Lunatic asylums in Bengal annual reports 1899-1911 - 1899-1911
Year: 1899
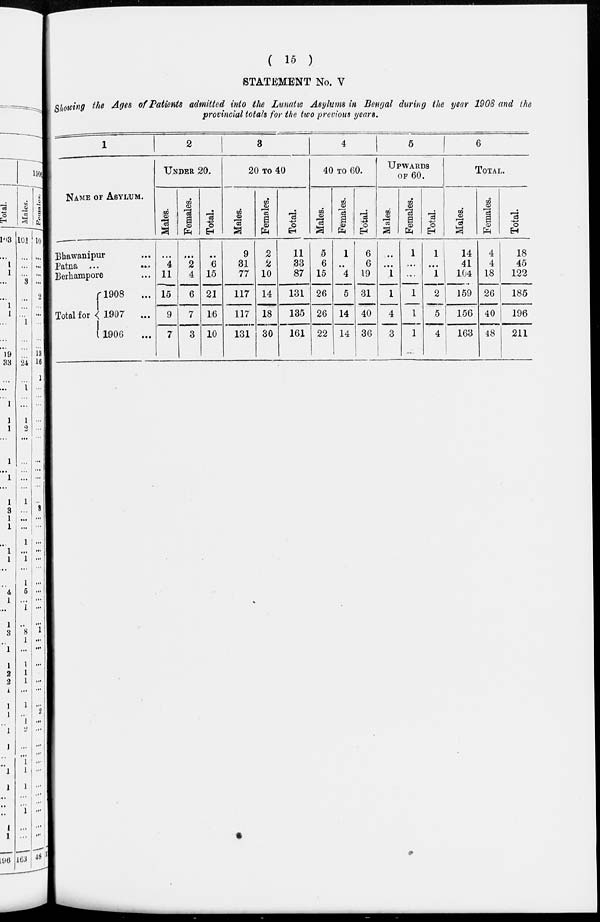
( 15 )
STATEMENT No. V
Showing the Ages of Patients admitted into the Lunatic Asylums in Bengal during the year 1908 and the
provincial totals for the two previous years.
1
NAME OF ASYLUM.
Bhawanipur ...
Patna ...
Berhampore ...
Total for
1908 ...
1907
...
1906 ...
2
UNDER 20.
Males.
...
4
11
15
9
7
Females.
...
2
4
6
7
3
Total.
...
6
15
21
16
10
3
20 TO 40
Males.
9
31
77
117
117
131
Females.
2 2
10
14
18
30
Total.
11
33
87
131
135
161
4
40 TO 60.
Males.
5
6
15
26
26
22
Females.
1
..
4
5
14
14
Total.
6
6
19
31
40
36
5
UPWORDS
OF 60.
Males.
...
...
1
1
4
3
Females.
1
...
...
1
1
1
Total.
1
...
1
2
5
4
6
TOTAL.
Males.
14
41
104
159
156
163
Females.
4
4
18
26
40
48
Total.
18
45
122
185
196
211